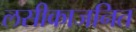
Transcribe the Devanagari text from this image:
लसीकाजनित